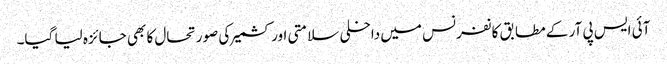
آئی ایس پی آر کے مطابق کانفرنس میں داخلی سلامتی اور کشمیر کی صورتحال کا بھی جائزہ لیا گیا۔